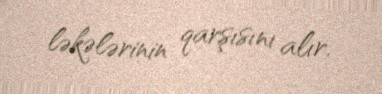
ləkələrinin qarşısını alır.